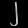
Digit: ၂